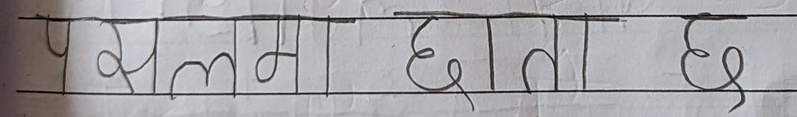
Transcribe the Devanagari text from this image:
पझलमा छाता छ